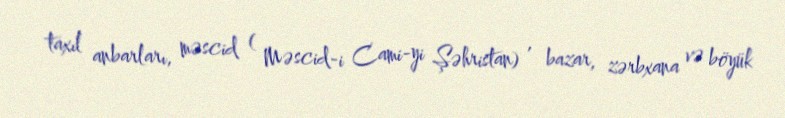
taxıl anbarları, məscid ( Məscid-i Cami-yi Şəhristan) , bazar, zərbxana və böyük